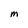
Character: M